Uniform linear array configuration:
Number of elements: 64
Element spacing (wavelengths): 0.25
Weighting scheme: cosine
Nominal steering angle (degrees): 30
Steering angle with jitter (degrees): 31.526
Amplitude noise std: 0.05
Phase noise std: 0.05

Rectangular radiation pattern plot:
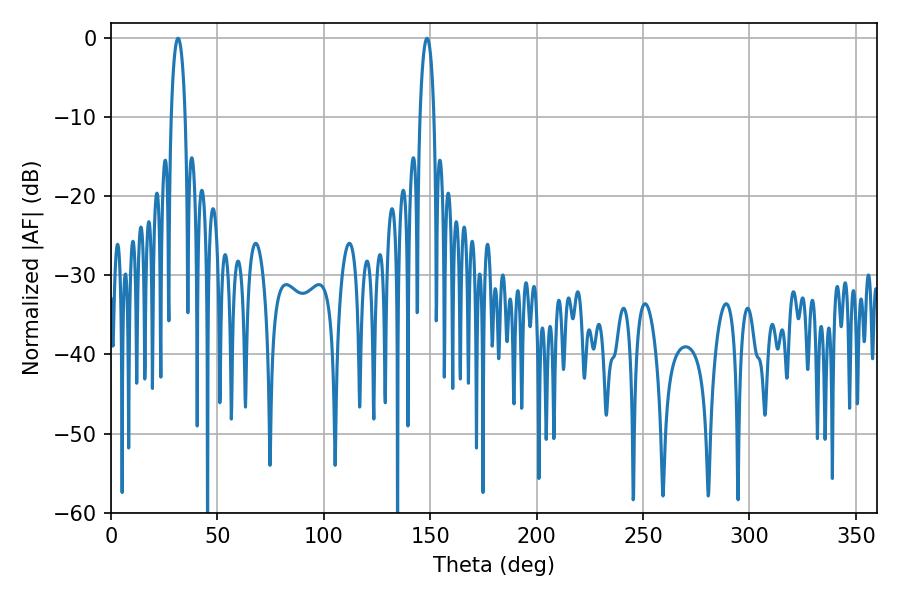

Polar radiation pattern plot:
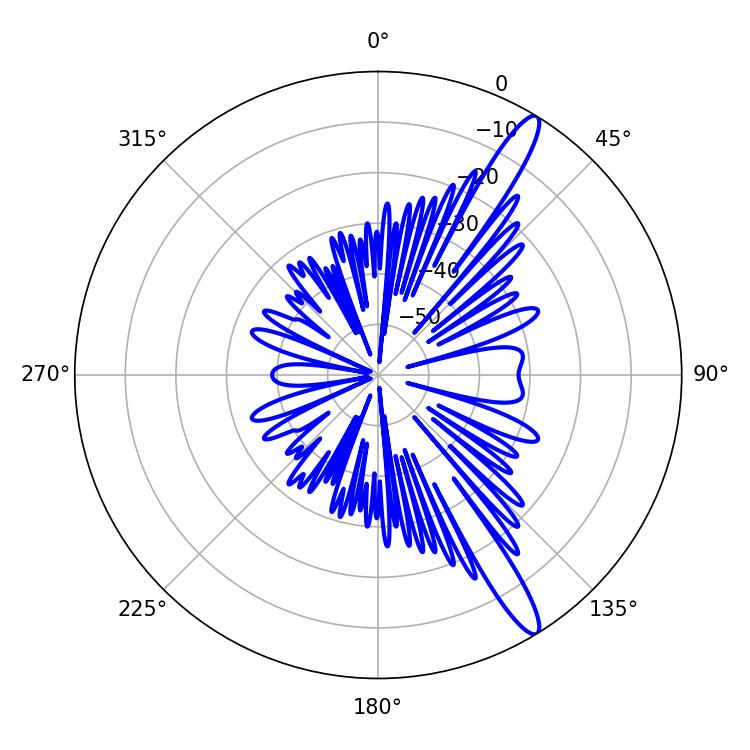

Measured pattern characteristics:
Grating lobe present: FALSE
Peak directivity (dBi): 14.135
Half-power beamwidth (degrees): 3.6
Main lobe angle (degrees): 31.5